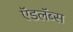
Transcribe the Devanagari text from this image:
ऍडलॅब्स